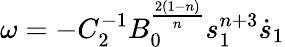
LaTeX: \omega=-C_{2}^{-1}B_{0}^{\frac{2(1-n)}{n}}s_{1}^{n+3}\dot{s}_{1}